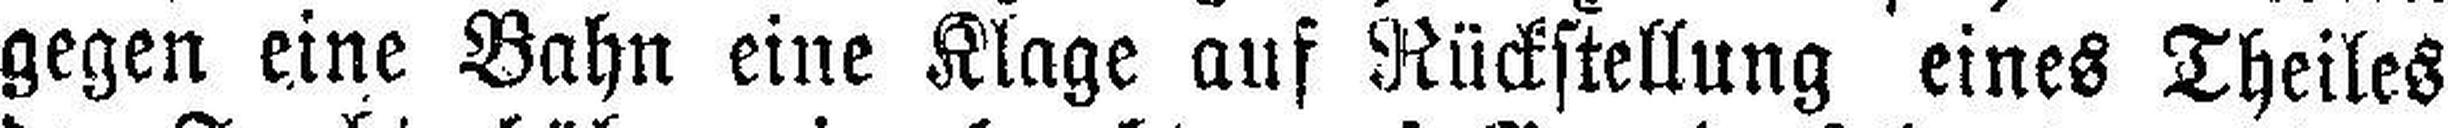
gegen eine Bahn eine Klage auf Rückstellung eines Theiles